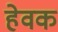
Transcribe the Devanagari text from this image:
हेवक